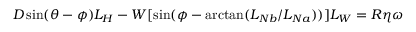
D \sin ( \theta - \phi ) L _ { H } - W [ \sin ( \phi - \arctan ( L _ { N b } / L _ { N a } ) ) ] L _ { W } = R \eta \omega